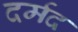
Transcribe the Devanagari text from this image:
दर्मद